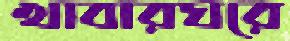
খাবারঘরে